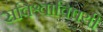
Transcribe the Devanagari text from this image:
सविश्वाविषयी